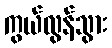
ကွယ်လွန်သွား